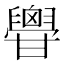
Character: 𦦥